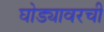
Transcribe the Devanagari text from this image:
घोड्यावरची